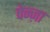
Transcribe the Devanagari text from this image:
पेन्ज़ा